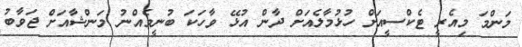
މަންމަ މިއެރީ ޓެކްސީއަށް ހުޅުމާލެއަށް ދާން އުޅޭ ވާހަކަ ބުނީމެއްނު މަންޝާއަށް ޖަވާބު